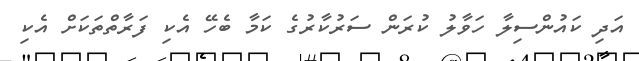
އަދި ކައުންސިލާ ހަވާލު ކުރަން ސަރުކާރުގެ ކަމާ ބެހޭ އެކި ފަރާތްތަކަށް އެކި